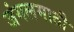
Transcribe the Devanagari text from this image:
जंगलमाती